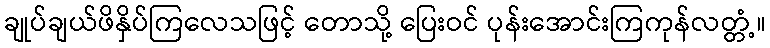
ချုပ်ချယ်ဖိနှိပ်ကြလေသဖြင့် တောသို့ ပြေးဝင် ပုန်းအောင်းကြကုန်လတ္တံ့။